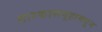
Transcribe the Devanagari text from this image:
तारकासमूहामधून